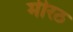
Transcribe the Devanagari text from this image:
मीरठ